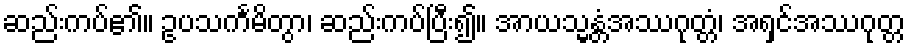
ဆည်းကပ်၏။ ဥပသင်္ကမိတွာ၊ ဆည်းကပ်ပြီး၍။ အာယသ္မန္တံအဿဂုတ္တံ၊ အရှင်အဿဂုတ္တ